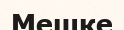
Мешке